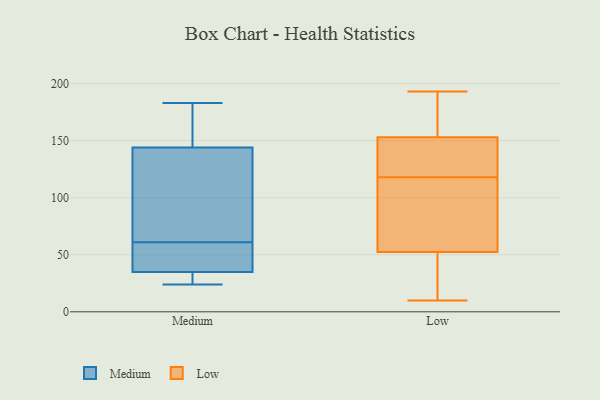
{"axis": {"x": "Page Views", "y": "Value"}, "legend": ["Low", "Medium"], "data": [{"x": "", "y": 35, "type": "Medium"}, {"x": "", "y": 159, "type": "Medium"}, {"x": "", "y": 95, "type": "Medium"}, {"x": "", "y": 164, "type": "Medium"}, {"x": "", "y": 183, "type": "Medium"}, {"x": "", "y": 24, "type": "Medium"}, {"x": "", "y": 56, "type": "Medium"}, {"x": "", "y": 95, "type": "Medium"}, {"x": "", "y": 34, "type": "Medium"}, {"x": "", "y": 35, "type": "Medium"}, {"x": "", "y": 139, "type": "Medium"}, {"x": "", "y": 35, "type": "Medium"}, {"x": "", "y": 97, "type": "Medium"}, {"x": "", "y": 42, "type": "Medium"}, {"x": "", "y": 28, "type": "Medium"}, {"x": "", "y": 61, "type": "Medium"}, {"x": "", "y": 179, "type": "Medium"}, {"x": "", "y": 117, "type": "Low"}, {"x": "", "y": 119, "type": "Low"}, {"x": "", "y": 118, "type": "Low"}, {"x": "", "y": 18, "type": "Low"}, {"x": "", "y": 10, "type": "Low"}, {"x": "", "y": 151, "type": "Low"}, {"x": "", "y": 159, "type": "Low"}, {"x": "", "y": 102, "type": "Low"}, {"x": "", "y": 64, "type": "Low"}, {"x": "", "y": 14, "type": "Low"}, {"x": "", "y": 164, "type": "Low"}, {"x": "", "y": 129, "type": "Low"}, {"x": "", "y": 193, "type": "Low"}]}